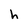
Character: h